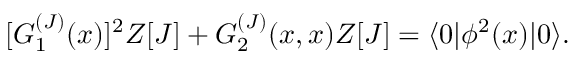
[ G _ { 1 } ^ { ( J ) } ( x ) ] ^ { 2 } Z [ J ] + G _ { 2 } ^ { ( J ) } ( x , x ) Z [ J ] = \langle 0 | \phi ^ { 2 } ( x ) | 0 \rangle .